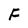
Character: F